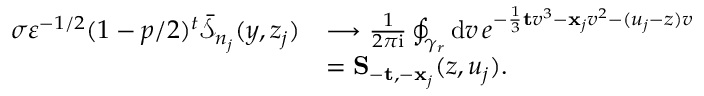
\begin{array} { r l } { \sigma \varepsilon ^ { - 1 / 2 } ( 1 - p / 2 ) ^ { t } \bar { \mathcal { S } } _ { n _ { j } } ( y , z _ { j } ) } & { \longrightarrow \frac { 1 } { 2 \pi \mathrm { i } } \oint _ { \gamma _ { r } } \mathrm { d } v \, e ^ { - \frac { 1 } { 3 } \mathbf { t } v ^ { 3 } - \mathbf { x } _ { j } v ^ { 2 } - ( u _ { j } - z ) v } } \\ & { = \mathbf { S } _ { - \mathbf { t } , - \mathbf { x } _ { j } } ( z , u _ { j } ) . } \end{array}